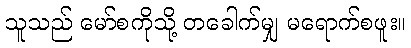
သူသည် မော်စကိုသို့ တခေါက်မျှ မရောက်စဖူး။